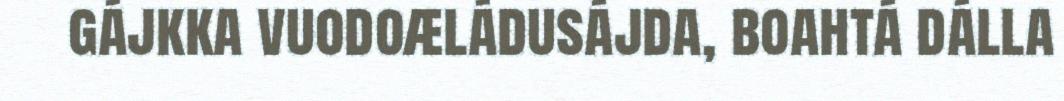
gájkka vuodoæládusájda, boahtá dálla